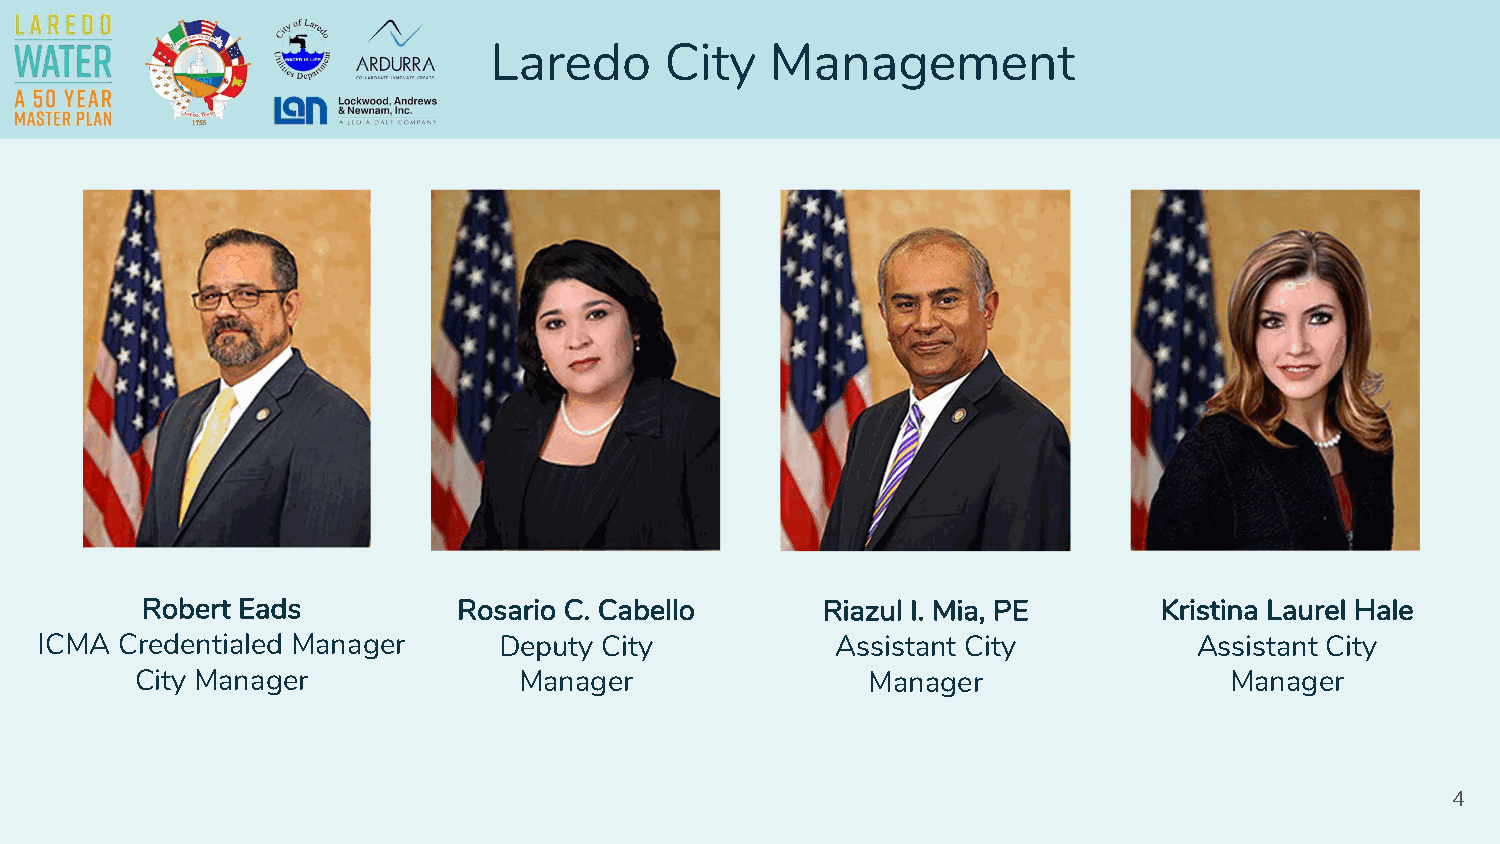
Laredo      City   Management
 Robert Eads          Rosario C. Cabello      Riazul I. Mia, PE      Kristina Laurel Hale
 ICMA  Credentialed Manager     Deputy City           Assistant City          Assistant City
 City Manager             Manager                Manager                 Manager
 4